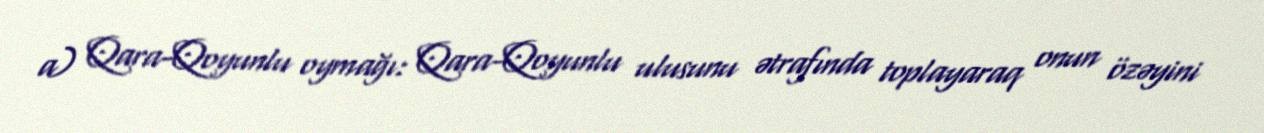
a) Qara-Qoyunlu oymağı: Qara-Qoyunlu ulusunu ətrafında toplayaraq onun özəyini